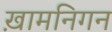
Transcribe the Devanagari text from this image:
ख़ामनिगन